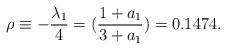
LaTeX: \begin{align*}\rho\equiv-\frac{\lambda_1}{4}=(\frac{1+a_1}{3+a_1})=0.1474.\end{align*}